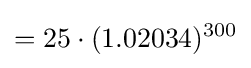
=25\cdot (1.02034)^{300}